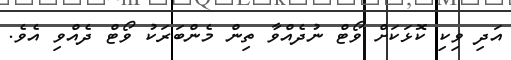
އަދި ވިކި ކޮޅަކަށް ވޯޓް ނުދެއްވާ ތިން މެންބަރަކު ވޯޓް ދެއްވި އެވެ.